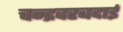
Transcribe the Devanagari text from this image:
चन्द्रवरबदाई